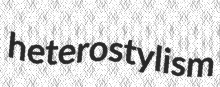
heterostylism